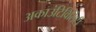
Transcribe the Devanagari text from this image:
अकाउंटिविलिटी